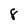
Character: 8